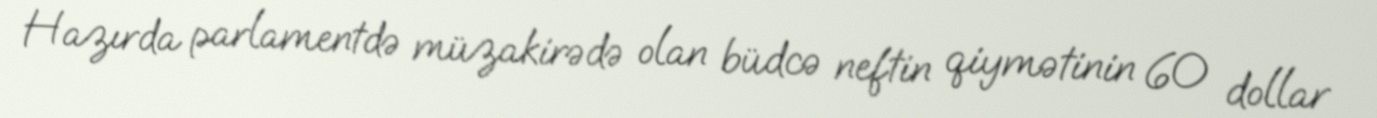
Hazırda parlamentdə müzakirədə olan büdcə neftin qiymətinin 60 dollar